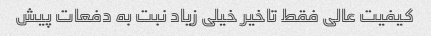
کیفیت عالی فقط تاخیر خیلی زیاد نبت به دفعات پیش